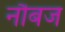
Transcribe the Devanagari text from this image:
नौबज